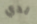
لدي